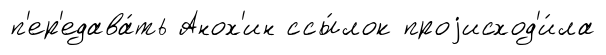
п'ер'едава́ть Анох'ин ссы́лок проjисход'и́ла